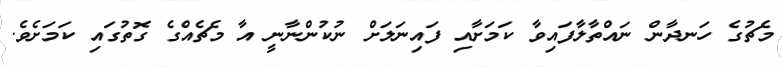
މެޗުގެ ހަނދާން ނައްތާލާފައިވާ ކަމަށާއި ފައިނަލަށް ނުކުންނާނީ އާ މެޗެއްގެ ގޮތުގައި ކަމަށެވެ.